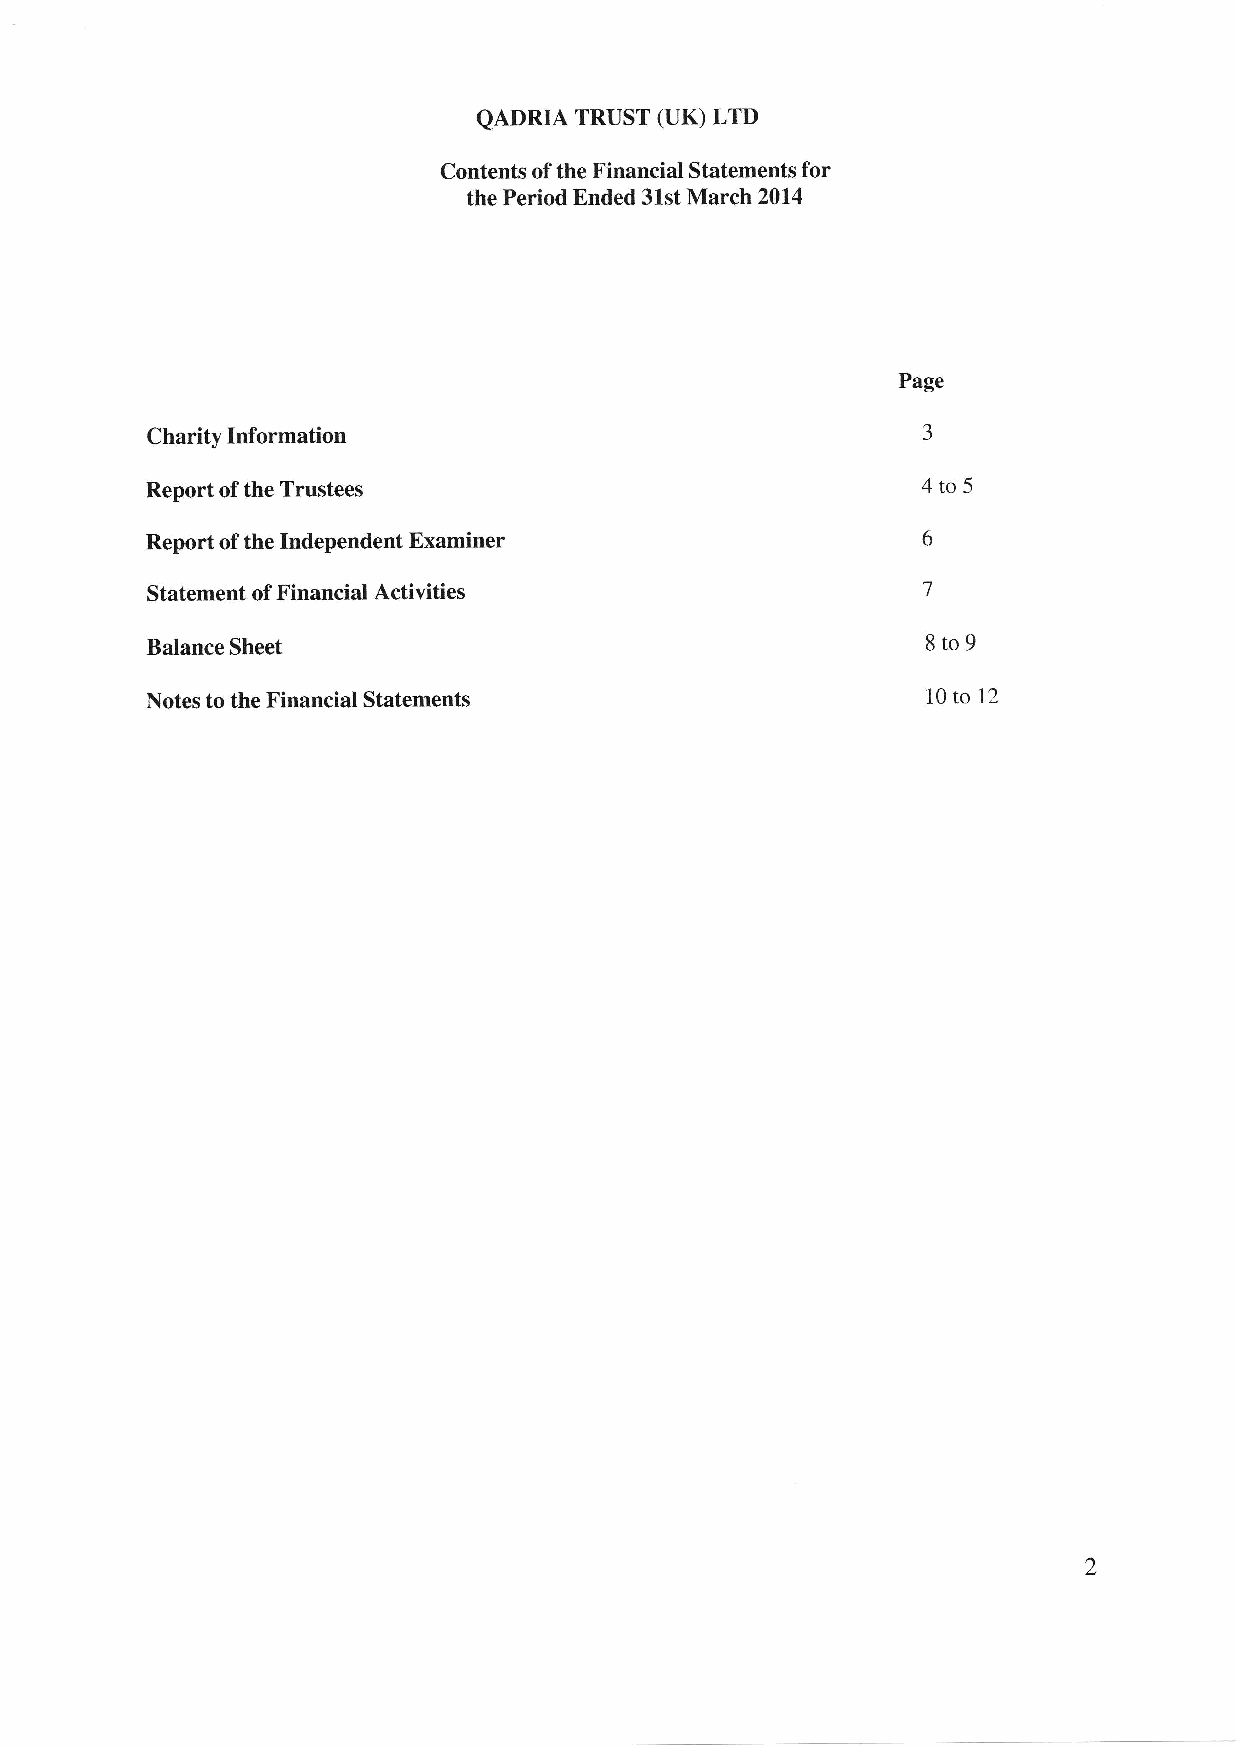
QADRIA TRUST (UK) LTD
 Contents of the Financial Statements for
 the Period Ended 31st March 20L4
 Page
 Charity Information                                J
 4to5
 Report of the Trustees
 Report of the Independent Examiner                 6
 Statement of Financial Activities                  7
 8ro9
 Balance Sheet
 Notes to the Financial Statements                  t0to 12